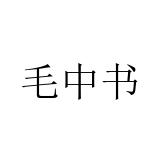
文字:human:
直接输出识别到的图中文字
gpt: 毛中书